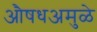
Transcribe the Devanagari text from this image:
औषधअमुळे